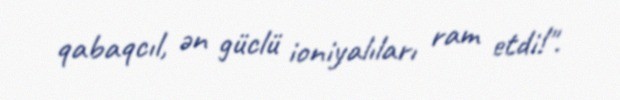
qabaqcıl, ən güclü ioniyalıları ram etdi!".